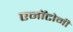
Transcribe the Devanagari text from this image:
एनॉटोमी